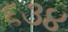
૬૩૪